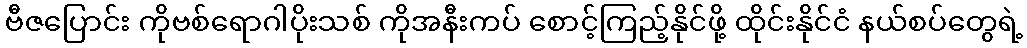
ဗီဇပြောင်း ကိုဗစ်ရောဂါပိုးသစ် ကိုအနီးကပ် စောင့်ကြည့်နိုင်ဖို့ ထိုင်းနိုင်ငံ နယ်စပ်တွေရဲ့